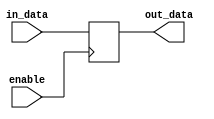
module bidirectional_buffer_gate(
    input enable,
    input wire in_data,
    output reg out_data
);

always @(posedge enable) begin
    if (enable) begin
        out_data <= in_data;
    end
end

endmodule